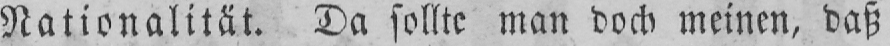
Nationalität. Da sollte man doch meinen, daß